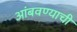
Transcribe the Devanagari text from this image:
आंबवण्याची